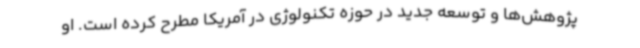
پژوهش‌ها و توسعه جدید در حوزه تکنولوژی در آمریکا مطرح کرده است. او